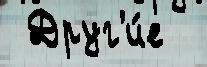
 Друг'и́е